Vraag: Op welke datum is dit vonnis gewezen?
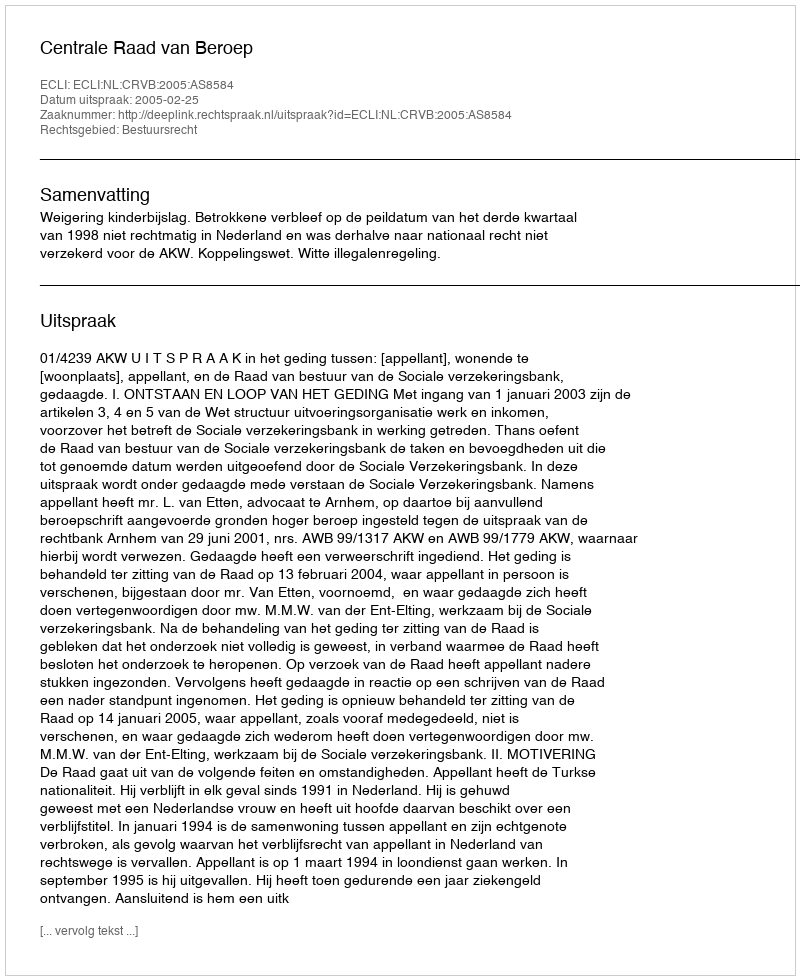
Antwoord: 2005-02-25